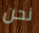
نحن